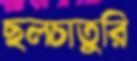
ছলচাতুরি